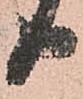
日